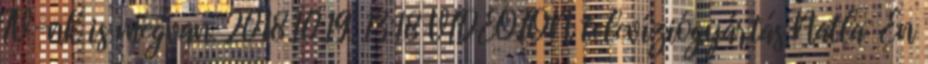
TV-nk is megvan. 2018.10.19. 13:18 VIDEOTON televíziógyártás Natla: En